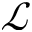
\mathcal { L }